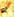
أو